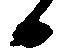
日